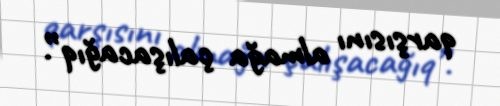
qarşısını almağa çalışacağıq”.